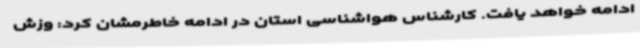
ادامه خواهد یافت. کارشناس هواشناسی استان در ادامه خاطرمشان کرد: وزش